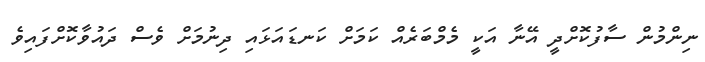
ނިންމުން ސާފުކޮށްދީ އޭނާ އަކީ މެމްބަރެއް ކަމަށް ކަނޑައަޅައި ދިނުމަށް ވެސް ދައުވާކޮށްފައިވެ